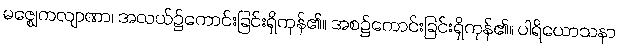
မဇ္ဈေကလျာဏာ၊ အလယ်၌ကောင်းခြင်းရှိကုန်၏။ အစ၌ကောင်းခြင်းရှိကုန်၏။ ပါရိယောသနာ